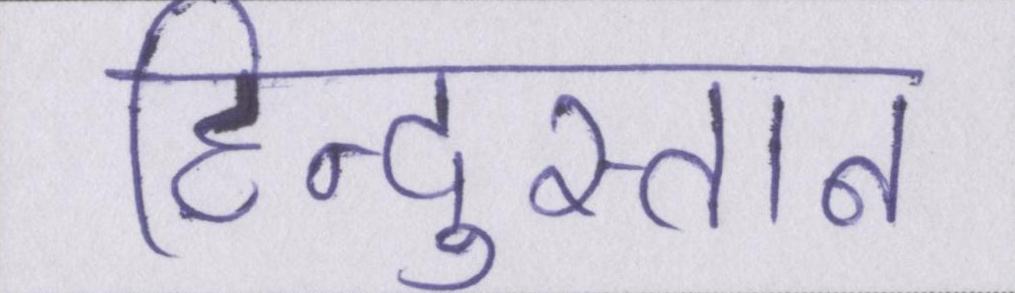
हिन्दुस्तान